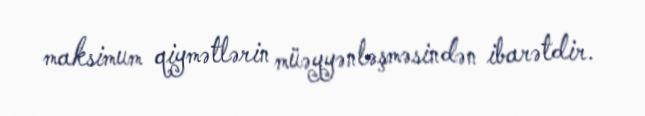
maksimum qiymətlərin müəyyənləşməsindən ibarətdir.